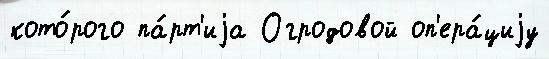
кото́рого па́рт'иjа Огродовой оп'ера́циjу